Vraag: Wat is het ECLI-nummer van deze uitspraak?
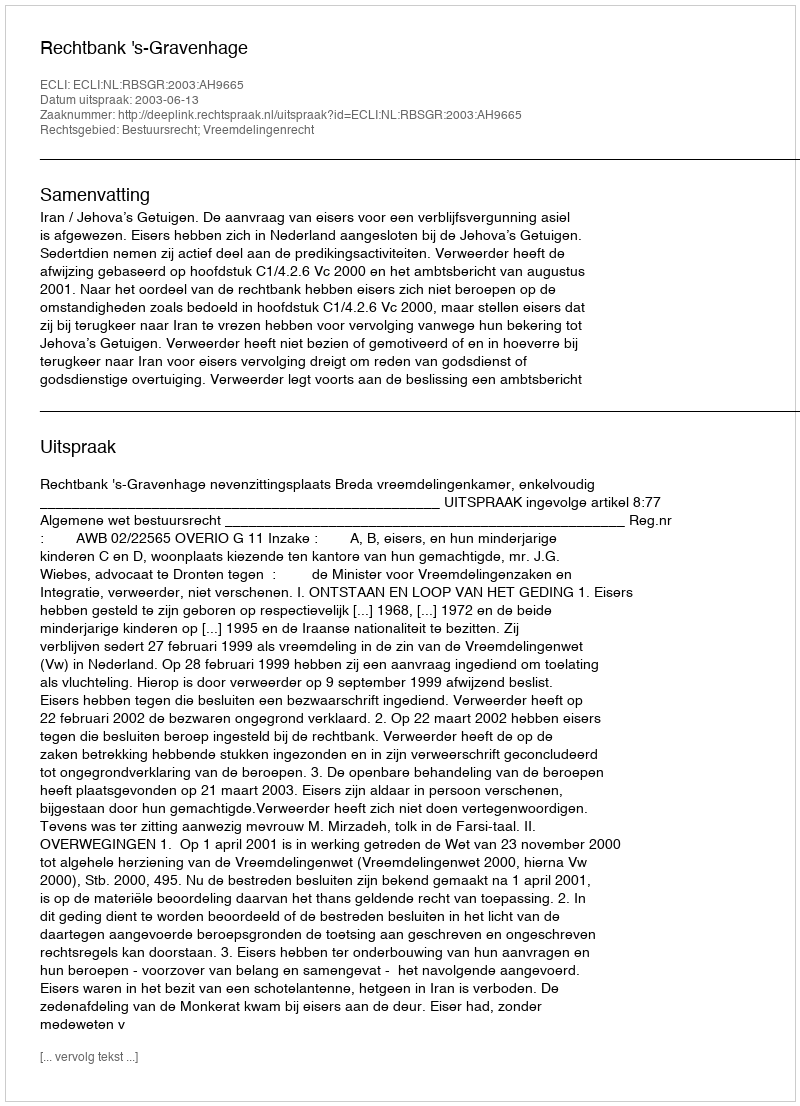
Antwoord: ECLI:NL:RBSGR:2003:AH9665